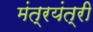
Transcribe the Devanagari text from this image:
मंत्रयंत्री